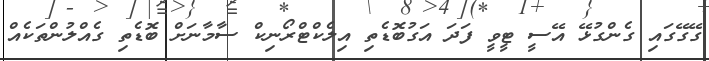
ގޭގޭގައި ގެންގުޅޭ އޭސީ ޓީވީ ފަދަ އަގުބޮޑެތި އިލެކްޓްރޯނިކް ސާމާނަށް ބޮޑެތި ގެއްލުންތަކެއް